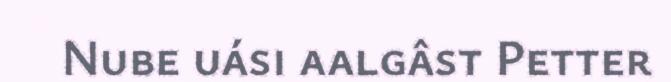
Nube uási aalgâst Petter